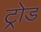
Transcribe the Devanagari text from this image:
ट्रोड